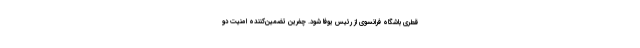
قطری باشگاه فرانسوی از رئیس یوفا شود. چفرین تضمین‌کننده امنیت دو